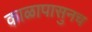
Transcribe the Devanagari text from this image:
काळापासुनच